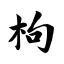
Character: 枸